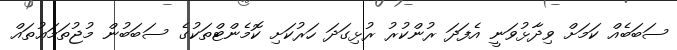
ސަބަބެއް ކަމަށް ވިދާޅުވަނީ އެފަދަ ރުންކުރު ރުޅިގަދަ ހަރުކަށި ކޮމެންޓްތަކުގެ ސަބަބުން މުޖުތަމަޢުތައް